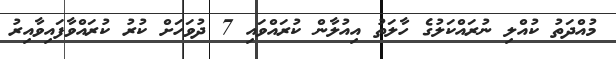
މުއްދަތު ކުއްލި ނުރައްކަލުގެ ހާލަތު އިއުލާން ކުރައްވައި 7 ދުވަހަށް ކުރު ކުރައްވާފައިވާއިރު